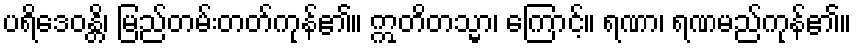
ပရိဒေဝန္တိ၊ မြည်တမ်းတတ်ကုန်၏။ ဣတိတသ္မာ၊ ကြောင့်။ ရဏာ၊ ရဏမည်ကုန်၏။